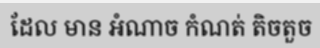
ដែល មាន អំណាច កំណត់ តិចតួច